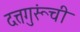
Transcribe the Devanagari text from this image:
दत्तगुरूंची